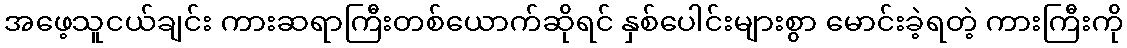
အဖေ့သူငယ်ချင်း ကားဆရာကြီးတစ်ယောက်ဆိုရင် နှစ်ပေါင်းများစွာ မောင်းခဲ့ရတဲ့ ကားကြီးကို